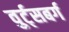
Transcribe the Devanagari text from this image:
वुर्ट्‌सबर्ग